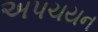
અપચયન